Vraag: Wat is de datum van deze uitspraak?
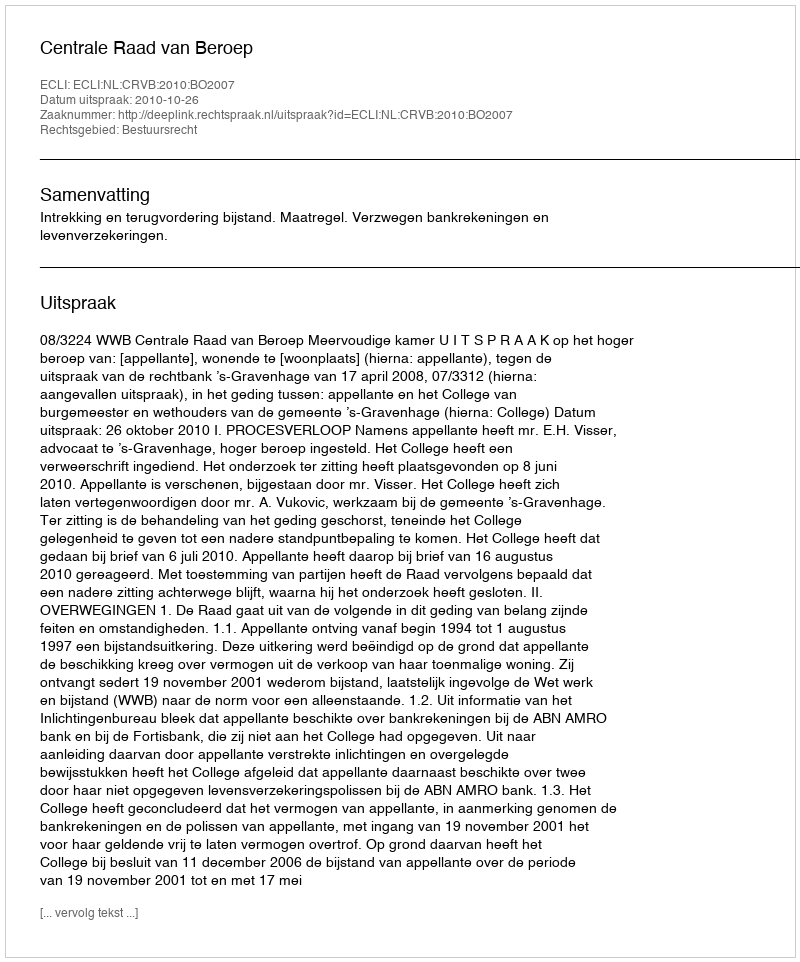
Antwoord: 2010-10-26